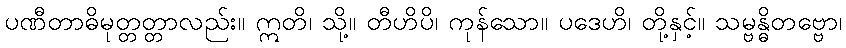
ပဏီတာဓိမုတ္တတ္တာလည်း။ ဣတိ၊ သို့။ တီဟိပိ၊ ကုန်သော။ ပဒေဟိ၊ တို့နှင့်။ သမ္ဗန္ဓိတဗ္ဗော၊